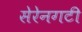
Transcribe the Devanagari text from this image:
सेरेनगटी